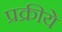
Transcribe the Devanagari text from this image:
प्रक्रीये